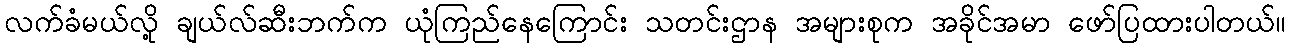
လက်ခံမယ်လို့ ချယ်လ်ဆီးဘက်က ယုံကြည်နေကြောင်း သတင်းဌာန အများစုက အခိုင်အမာ ဖော်ပြထားပါတယ်။